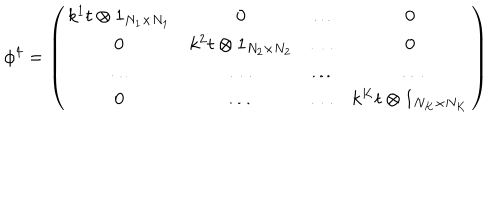
\phi ^ { 4 } = \left( \begin{array} { c c c c } { { k ^ { 1 } t \otimes 1 _ { N _ { 1 } \times N _ { 1 } } } } & { { 0 } } & { { \dots } } & { { 0 } } \\ { { 0 } } & { { k ^ { 2 } t \otimes 1 _ { N _ { 2 } \times N _ { 2 } } } } & { { \dots } } & { { 0 } } \\ { { \dots } } & { { \dots } } & { { \dots } } & { { \dots } } \\ { { 0 } } & { { \dots } } & { { \dots } } & { { k ^ { K } t \otimes 1 _ { N _ { K } \times N _ { K } } } } \\ \end{array} \right)